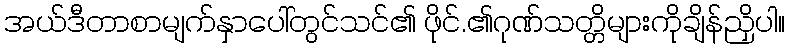
အယ်ဒီတာစာမျက်နှာပေါ်တွင်သင်၏ ဖိုင်.၏ဂုဏ်သတ္တိများကိုချိန်ညှိပါ။